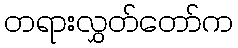
တရားလွှတ်တော်က